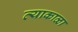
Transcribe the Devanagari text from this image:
त्याकाळा